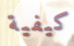
كيفية